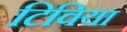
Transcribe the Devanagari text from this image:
टिविया